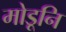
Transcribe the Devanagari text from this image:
मोडूनि